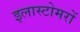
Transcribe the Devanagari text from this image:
इलास्टोमरों